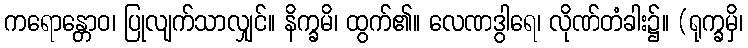
ကရောန္တောဝ၊ ပြုလျက်သာလျှင်။ နိက္ခမိ၊ ထွက်၏။ လေဏဒွါရေ၊ လိုဏ်တံခါး၌။ (ရုက္ခမှိ၊